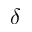
\delta